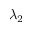
\lambda _ { 2 }